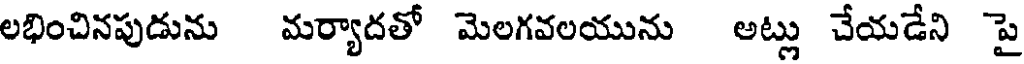
లభించినపుడును మర్యాదతో మెలగవలయును అట్లు చేయడేని పై